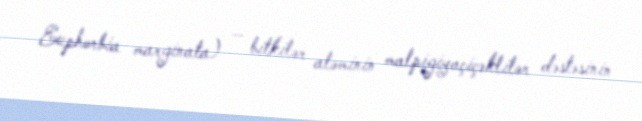
Euphorbia marginata) — bitkilər aləminin malpigiyaçiçəklilər dəstəsinin